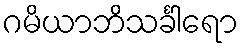
ဂမိယာဘိသင်္ခါရော